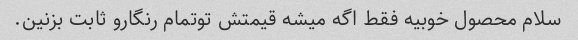
سلام محصول خوبیه فقط اگه میشه قیمتش توتمام رنگارو ثابت بزنین.